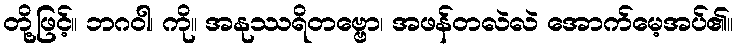
တို့ဖြင့်။ ဘဂဝါ၊ ကို။ အနုဿရိတဗ္ဗော၊ အဖန်တလဲလဲ အောက်မေ့အပ်၏။